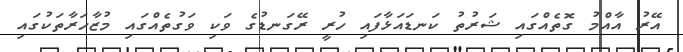
އޭރު އާއްމު ގޮތެއްގައި ޝަރުތު ކަނޑައަޅާފައި ހުރީ ރޭގަނޑުގެ ވަކި ވަގުތެއްގައި މުޒާހަރާތަކުގައި